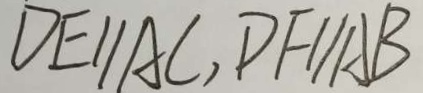
D E / / A C , D F / / A B